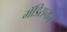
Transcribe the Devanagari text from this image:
मॅडिसनाने